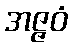
အဇ္ဇဝံ